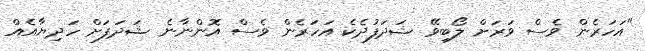
"އަހަރެން ވެސް ވަރަށް ލޯބިވޭ ޝަދަފުދެކެ އަހަރެން ވެސް އޮންނާނެ ޝަދަފަށް ހަދިޔާއެއް